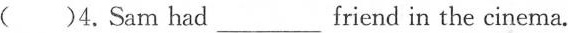
( )4.Sam had___ friend in the cinema.